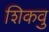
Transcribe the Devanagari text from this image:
शिकवु